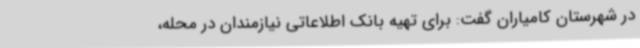
در شهرستان کامیاران گفت: برای تهیه بانک اطلاعاتی نیازمندان در محله،